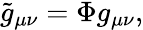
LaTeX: {\tilde{g}}_{\mu\nu}=\Phi g_{\mu\nu},